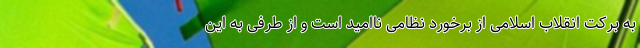
به برکت انقلاب اسلامی از برخورد نظامی ناامید است و از طرفی به این